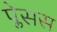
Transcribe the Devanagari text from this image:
प्लेसस